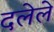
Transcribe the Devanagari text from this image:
दलेले